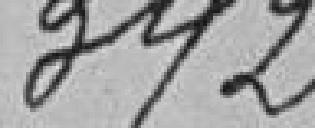
342